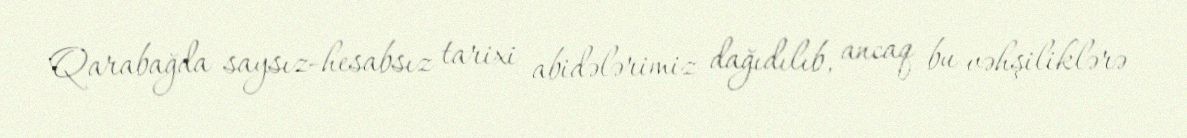
Qarabağda saysız-hesabsız tarixi abidələrimiz dağıdılıb, ancaq bu vəhşiliklərə